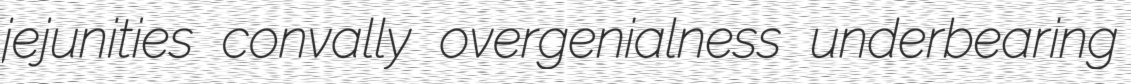
jejunities convally overgenialness underbearing